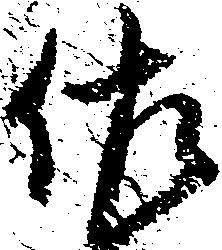
佐